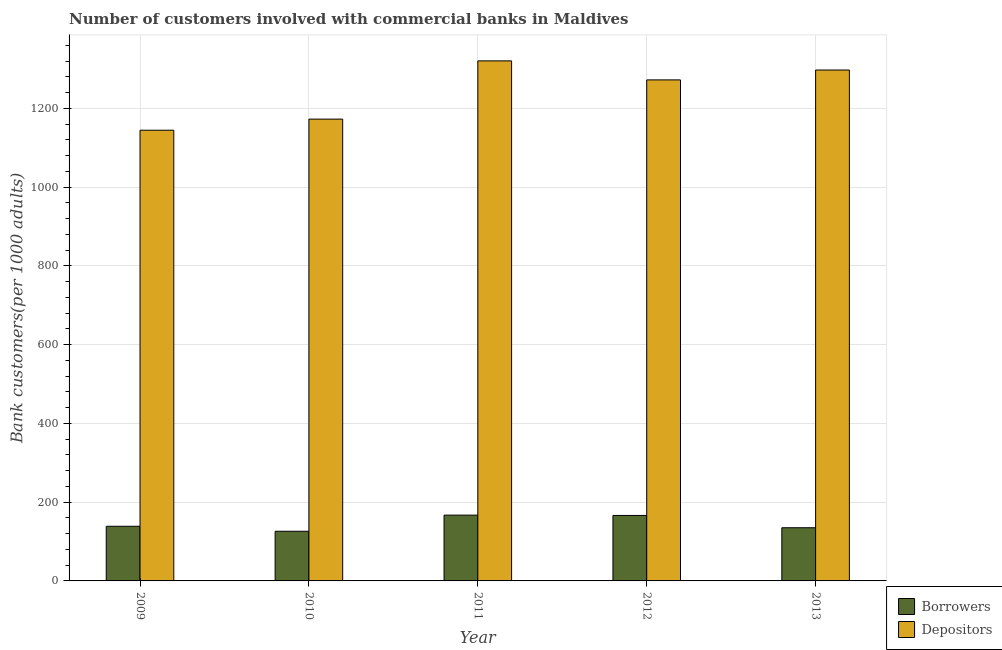
| Year | Borrowers | Depositors |
 | --- | --- | --- |
 | 2009 | 139 | 1.14e+03 |
 | 2010 | 126 | 1.17e+03 |
 | 2011 | 167 | 1.32e+03 |
 | 2012 | 166 | 1.27e+03 |
 | 2013 | 135 | 1.3e+03 |